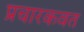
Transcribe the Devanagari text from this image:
प्रचारकवत